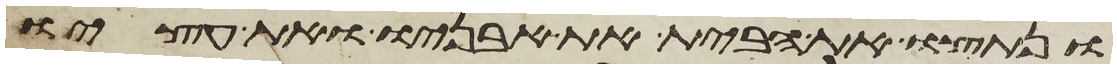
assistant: ונתצו את הבית את אבניו ואת עציו